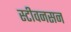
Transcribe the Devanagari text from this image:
स्टीवनसन